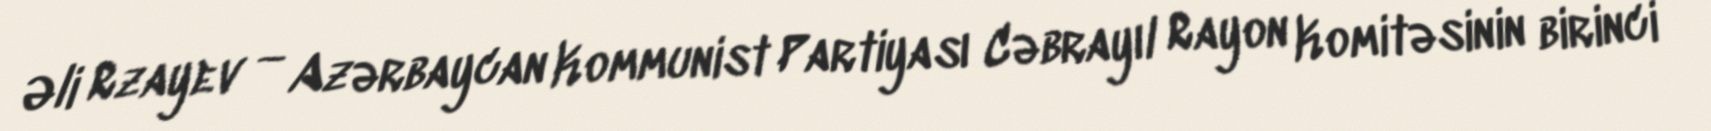
Əli Rzayev — Azərbaycan Kommunist Partiyası Cəbrayıl Rayon Komitəsinin birinci